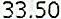
33.50